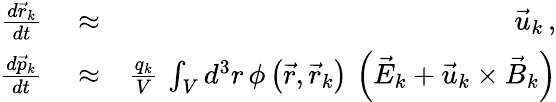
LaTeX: \begin{array}{rlr}{\frac{d\vec{r}_{k}}{dt}}&{{}\approx}&{\vec{u}_{k}\, ,}\\ {\frac{d\vec{p}_{k}}{dt}}&{{}\approx}&{\frac{q_{k}}{V}\, \int_{V}d^{3}r\, \phi\left(\vec{r},\vec{r}_{k}\right)\, \left(\vec{E}_{k}+\vec{u}_{k}\times\vec{B}_{k}\right)}\end{array}